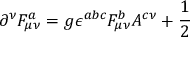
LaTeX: \partial ^ { \nu } F _ { \mu \nu } ^ { a } = g \epsilon ^ { a b c } F _ { \mu \nu } ^ { b } A ^ { c \nu } + \frac 1 2